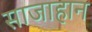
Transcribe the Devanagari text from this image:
साजाहान